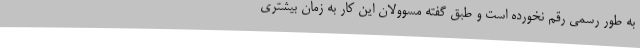
به طور رسمی رقم نخورده است و طبق گفته مسوولان این کار به زمان بیشتری